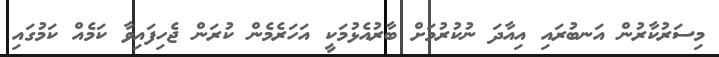
މިސަރުކާރުން އަނބުރައި އިއާދަ ނުކުރުމަށް ބާރުއެޅުމަކީ އަހަރެމެން ކުރަން ޖެހިފައިވާ ކަމެއް ކަމުގައި